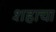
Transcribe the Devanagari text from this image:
शहाचा